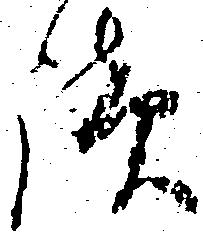
談